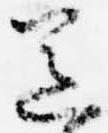
送